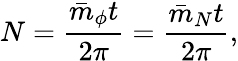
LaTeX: N=\frac{\bar{m}_{\phi}t}{2\pi}=\frac{\bar{m}_{N}t}{2\pi},